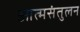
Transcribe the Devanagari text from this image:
आत्मसंतुलन